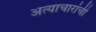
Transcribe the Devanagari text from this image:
अत्याचारांची